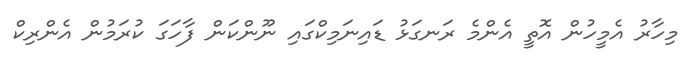
މިހާރު އެމީހުން އޮތީ އެންމެ ރަނގަޅު ޑައިނަމިކްގައި ނޫންކަން ފާހަގަ ކުރަމުން އެންރިކް